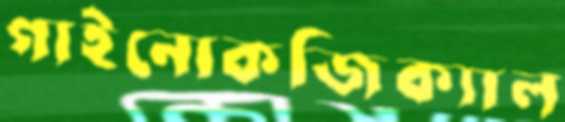
গাইনোকজিক্যাল